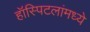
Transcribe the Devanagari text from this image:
हॉस्पिटलांमध्ये